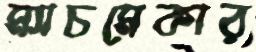
ম্যাচমেকার